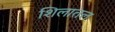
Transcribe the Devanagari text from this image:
शिलातल